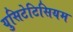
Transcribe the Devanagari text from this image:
युसिटेटिसियम